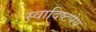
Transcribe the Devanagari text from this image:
स्वादिष्टपेय